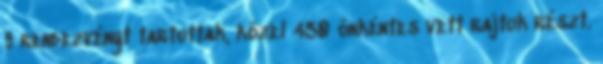
9 rendezvényt tartottak, közel 430 önkéntes vett rajtuk részt.